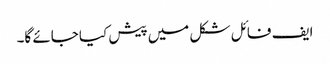
ایف فائل شکل میں پیش کیا جائے گا۔